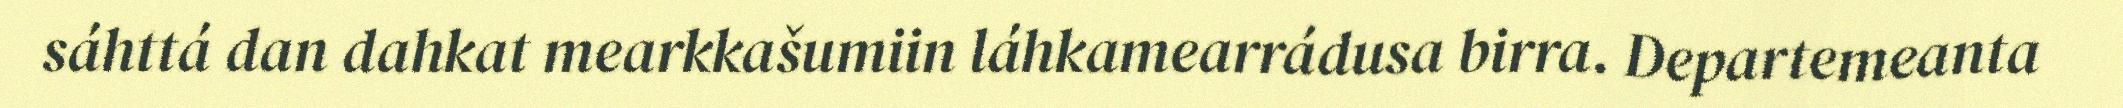
sáhttá dan dahkat mearkkašumiin láhkamearrádusa birra. Departemeanta